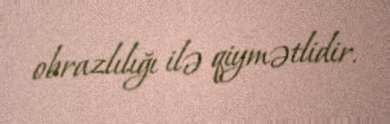
obrazlılığı ilə qiymətlidir.